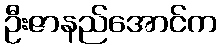
ဦးဇာနည်အောင်က